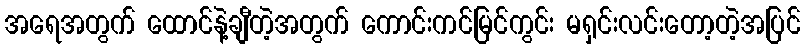
အရေအတွက် ထောင်နဲ့ချီတဲ့အတွက် ကောင်းကင်မြင်ကွင်း မရှင်းလင်းတော့တဲ့အပြင်